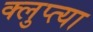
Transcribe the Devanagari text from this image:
क्लुप्त्या